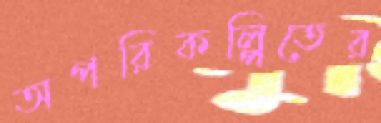
অপরিকল্পিতের